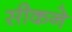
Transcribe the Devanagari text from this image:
सीकने